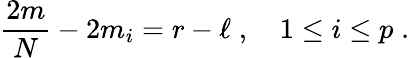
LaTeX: {\frac{2m}{N}}-2m_{i}=r-\ell\; ,\quad 1\leq i\leq p\; .